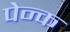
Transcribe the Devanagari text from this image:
पेन्क